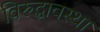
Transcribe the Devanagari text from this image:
विरुद्धावस्था